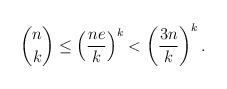
LaTeX: \begin{align*} \binom{n}{k} \leq \left(\frac{n e}{k}\right)^k < \left(\frac{3n }{k}\right)^k. \end{align*}